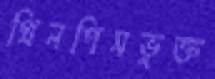
গ্রিনপিসভুক্ত